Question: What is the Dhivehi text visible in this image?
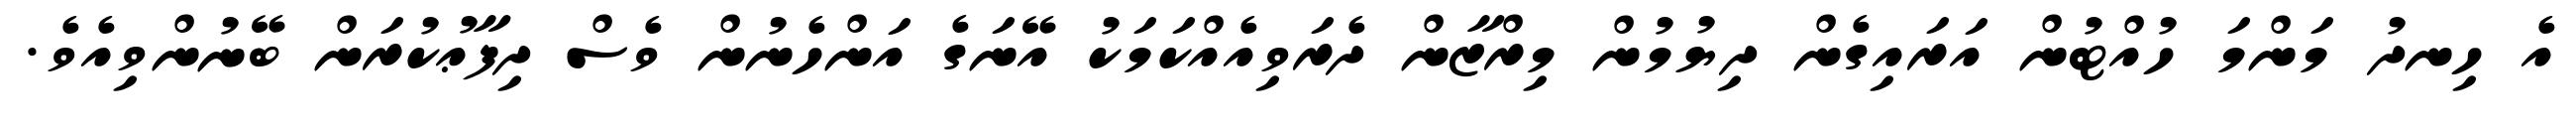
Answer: އެ ހިނދު މަންމަ ހުއްޓުން އަރައިގެން ދިޔުމުން މިރްޒާން ދެރަވިއެއްކަމަކު އޭނަގެ އަންހެނުން ވެސް ދިފާޢުކުރަން ބޭނުންވިއެވެ.